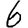
Digit: 6